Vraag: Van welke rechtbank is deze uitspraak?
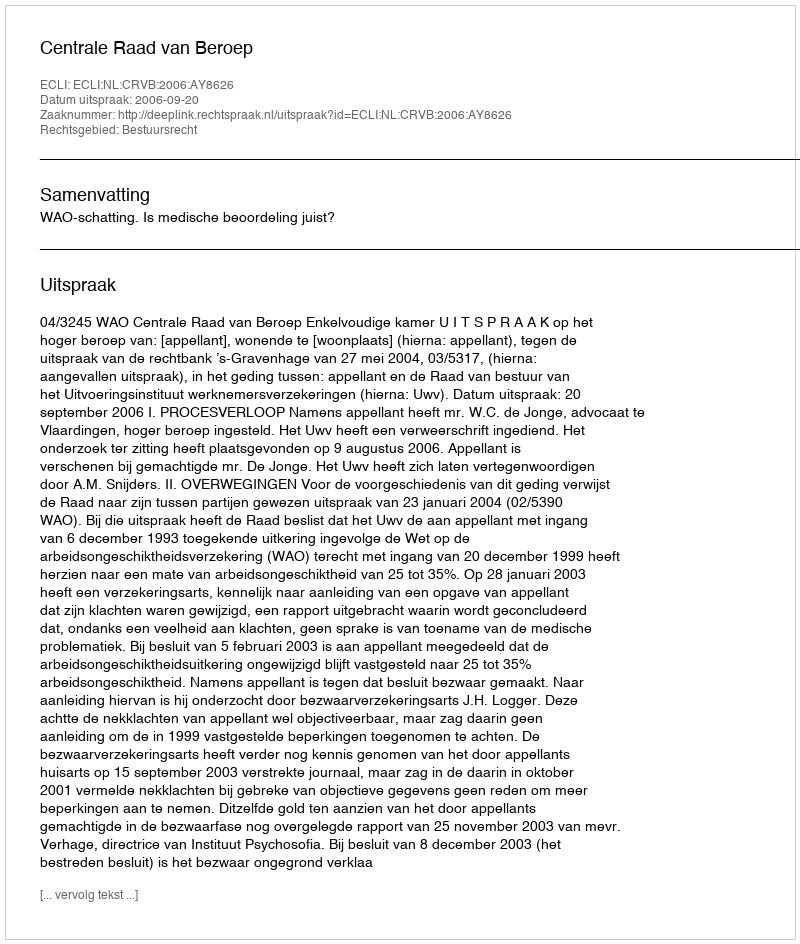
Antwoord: Centrale Raad van Beroep